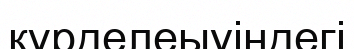
күрделеыуіндегі